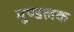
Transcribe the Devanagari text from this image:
मुण्डलक